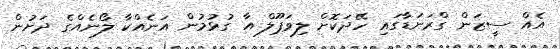
އެއް ސީޒަން ގްރަނަޑާގައި ހޭދަކޮށް ލިވަޕޫލް އާ ގުޅުމުން އަނެއްކާ ލޯނެއްގެ ދަށުން